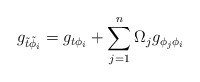
\begin{align*}g_{\tilde{t} \tilde{\phi}_i}= g_{t\phi_i} + \sum_{j=1}^n \Omega_j g_{\phi_j \phi_i }\end{align*}